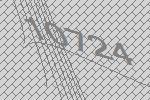
10724